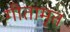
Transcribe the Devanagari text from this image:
गीतामृत